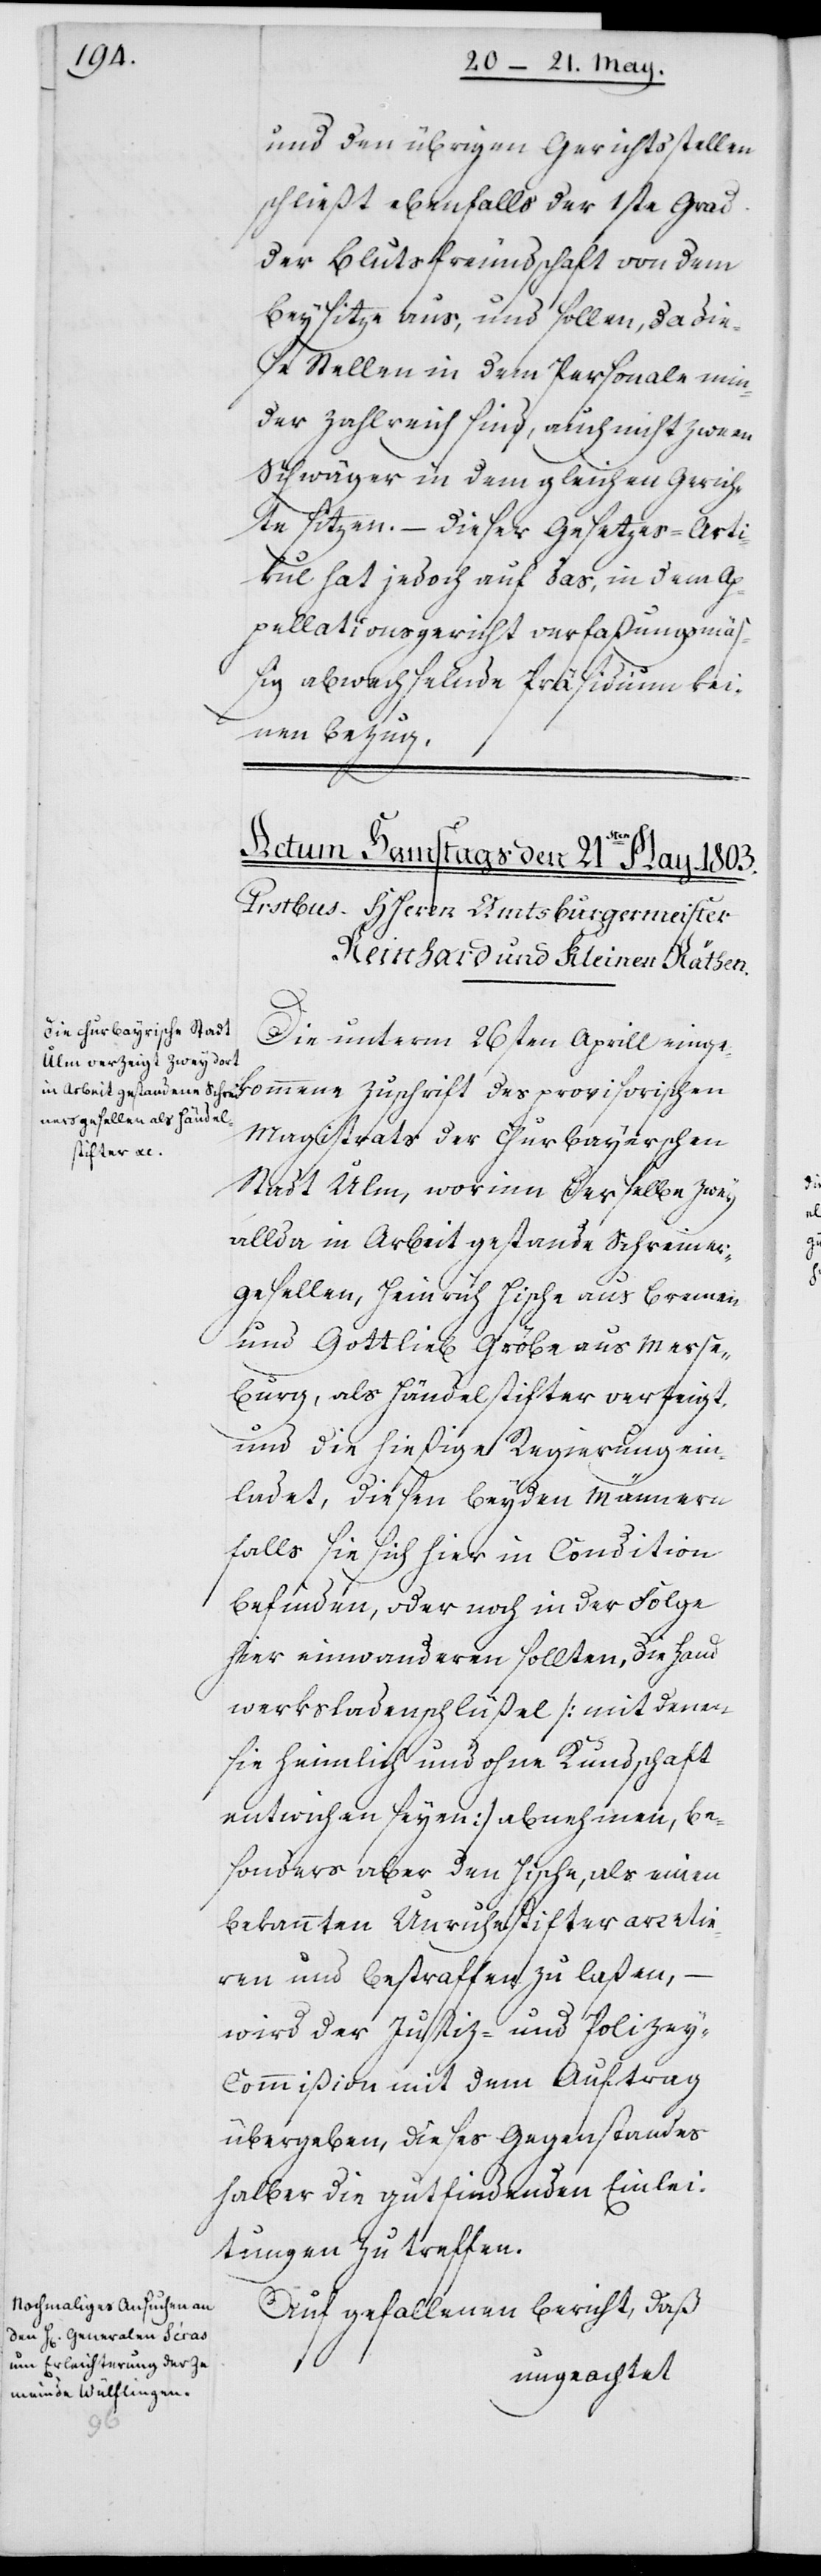
und den übrigen Gerichtsstellen
schließt ebenfalls der 1ste Grad
der Blutsfreundschaft von dem
Beysitze aus, und sollen, da die¬
se Stellen in dem Personale min¬
der zahlreich sind, auch nicht zween
Schwäger in dem gleichen Gerich¬
te sitzen. – Dieser Gesetzes-Arti¬
kul hat jedoch auf das, in dem Ap¬
pellationsgericht verfaßungsmäß¬
ig abwechselnde Präsidium kei¬
nen Bezug.
Die unterm 26sten Aprill einge¬
kommene Zuschrift des provisorischen
Magistrats der Churbayerschen
Stadt Ulm, worinn derselbe zwey
allda in Arbeit gestande[ne] Schreiner¬
gesellen, Heinrich Hische aus Bremen
und Gottlieb Gröbe aus Merse¬
burg, als Händelstifter verzeigt,
und die hießige Regierung ein¬
ladet, diesen beyden Männern
falls sie sich hier in Condition
befinden, oder noch in der Folge
hier einwanderen sollten, die Hand¬
werksladenschlüßel (mit denen
sie heimlich und ohne Kundschaft
entwichen seyen) abnehmen, be¬
sonders aber den Hische, als einen
bekannten Unruhestifter arretie¬
ren und bestraffen zu laßen, –
wird der Justiz- und Polize¬
y-Commißion mit dem Auftrag
übergeben, dieses Gegenstandes
halber die gutfindenden Einlei¬
tungen zu treffen.
Auf gefallenen Bericht, daß